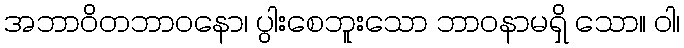
အဘာဝိတဘာဝနော၊ ပွါးစေဘူးသော ဘာဝနာမရှိ သော။ ဝါ၊